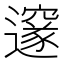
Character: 邃